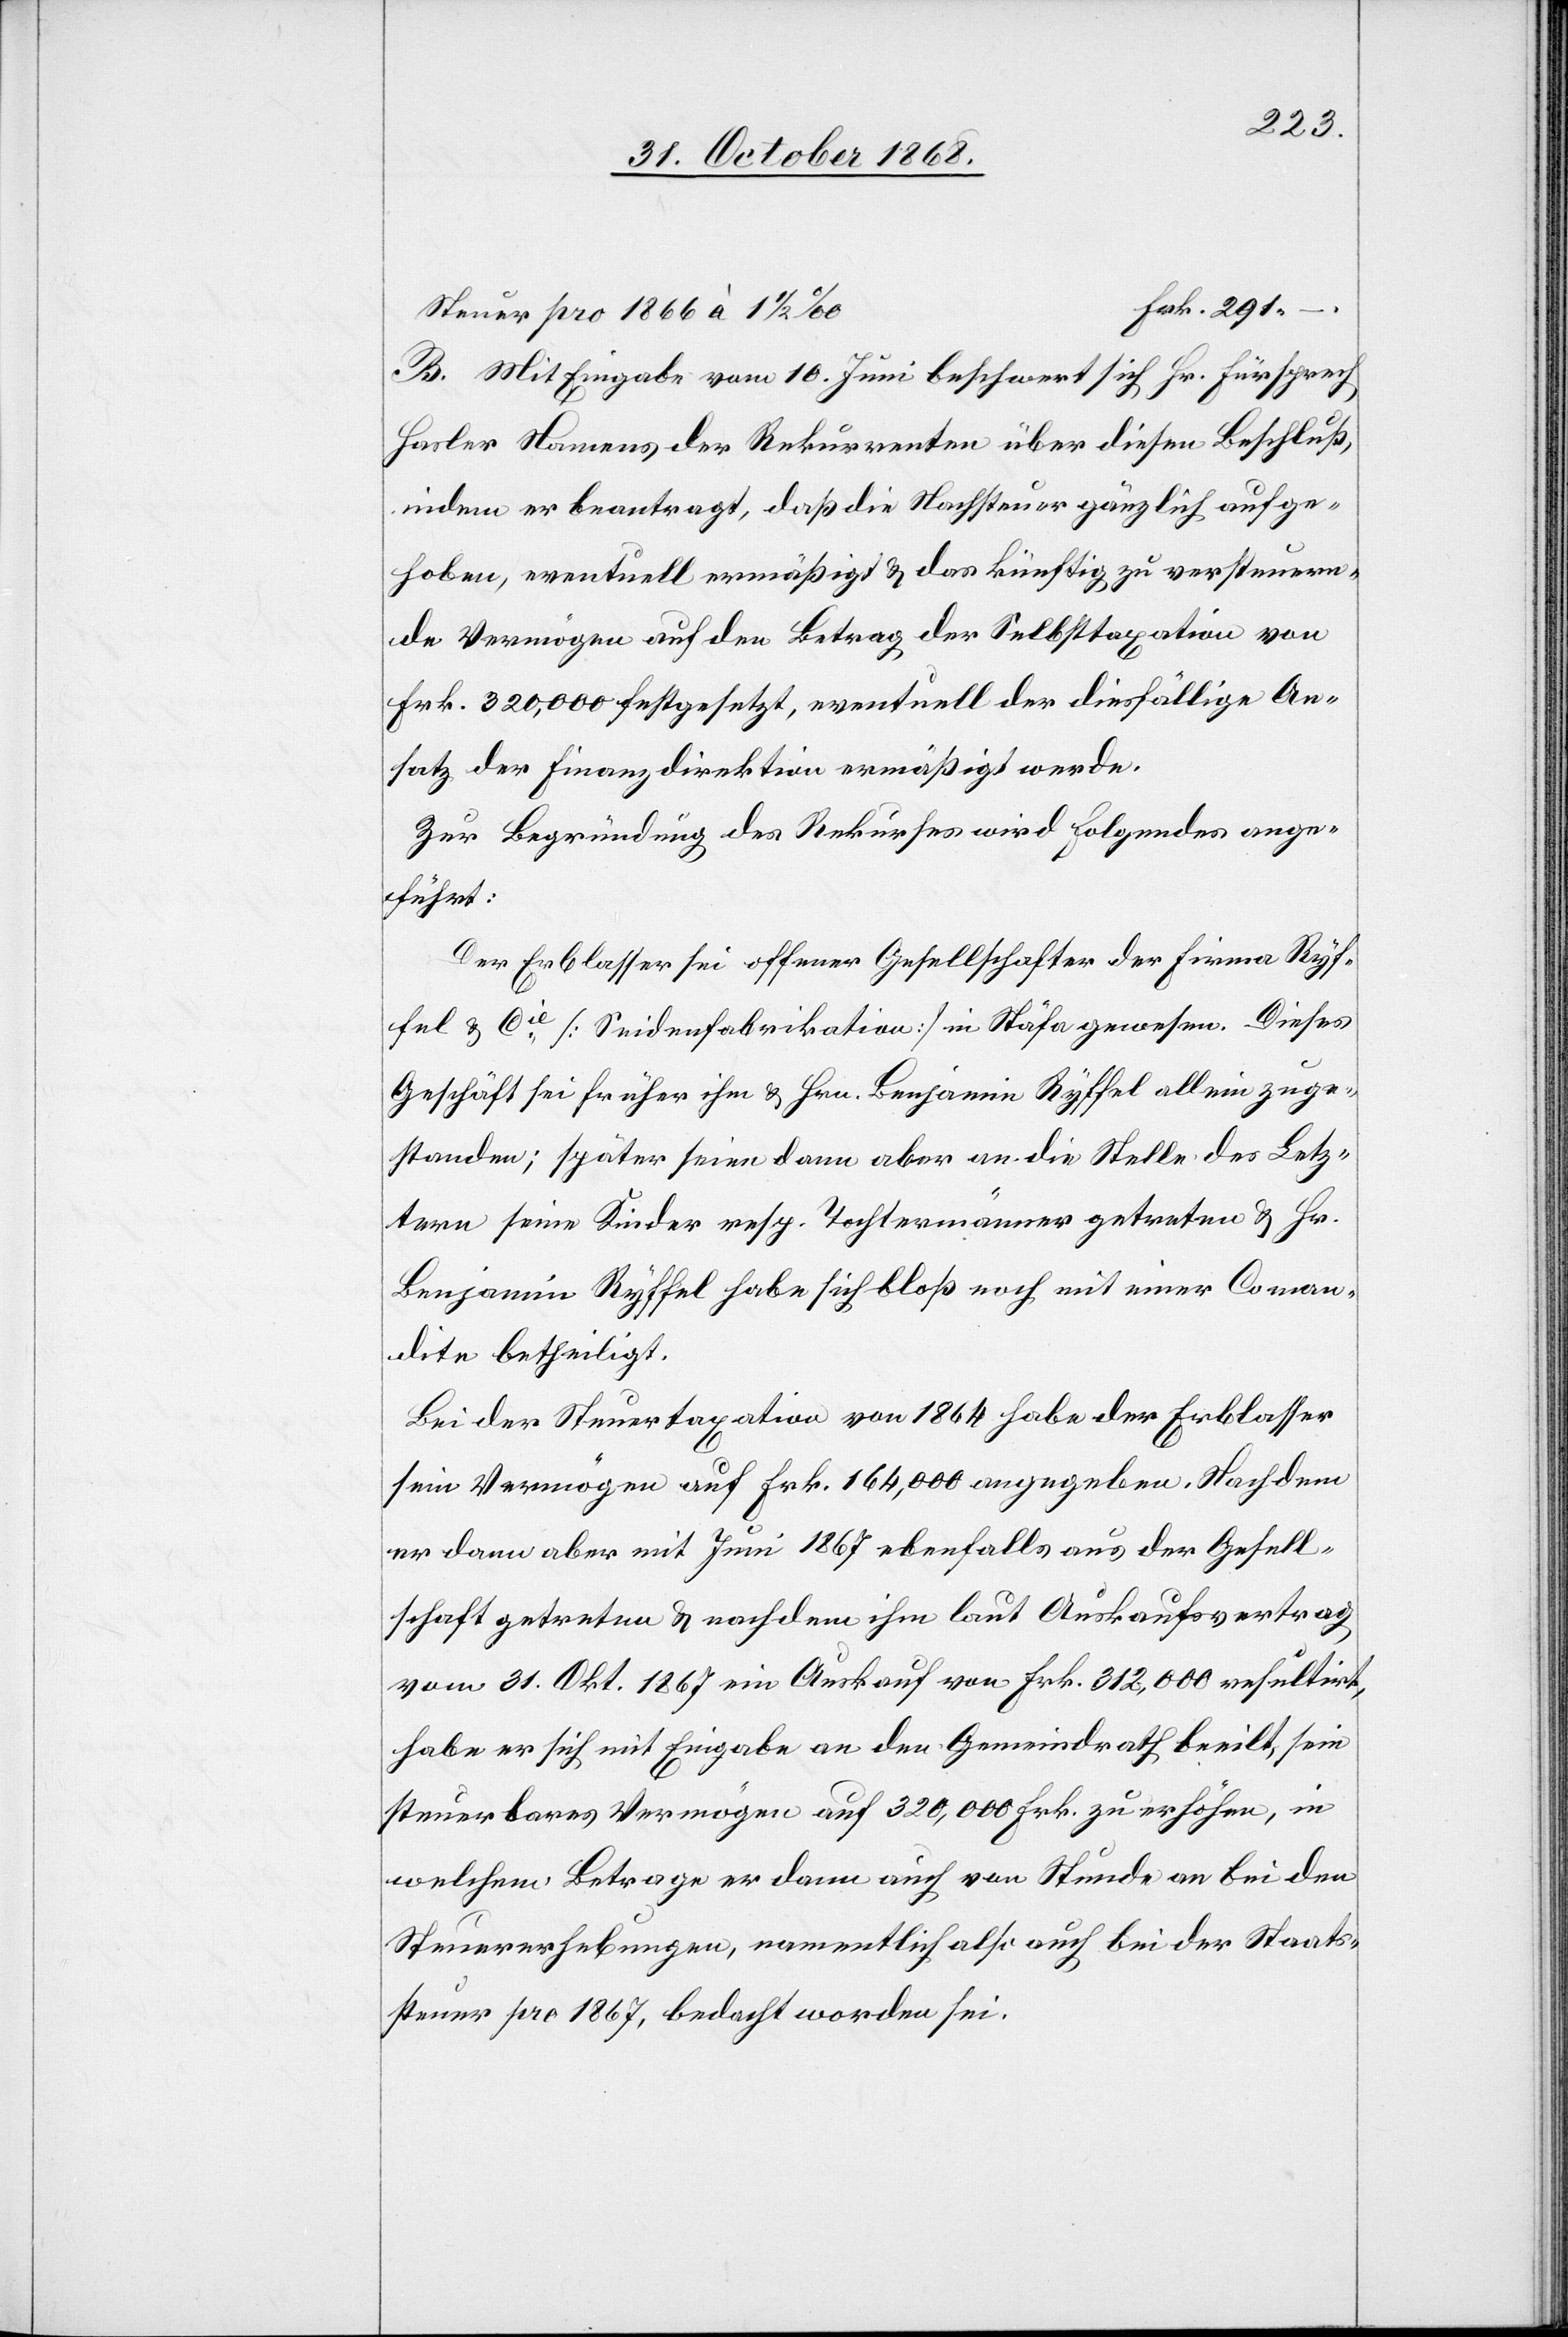
Frk. 291 –
Steuer pro 1866 à 1 1/2
B. Mit Eingabe vom 10. Juni beschwert sich Hr. Fürsprech
Hasler Namens der Rekurrenten über diesen Beschluß,
indem er beantragt, daß die Nachsteuer gänzlich aufge¬
hoben, eventuell ermäßigt & das künftig zu versteuern¬
de Vermögen auf den Betrag der Selbsttaxation von
Frk. 320,000 festgesetzt, eventuell der diesfällige An¬
satz der Finanzdirektion ermäßigt werde.
Zur Begründung des Rekurses wird Folgendes ange¬
führt:
Der Erblasser sei offener Gesellschafter der Firma Ryf¬
fel & Cie [Seidenfabrikation] in Stäfa gewesen. Dieses
Geschäft sei früher ihm & Hrn. Benjamin Ryffel allein zuge¬
standen; später seien dann aber an die Stelle des Letz¬
tern seine Kinder resp. Tochtermänner getreten & Hr.
Benjamin Ryffel habe sich bloß noch mit einer Coman¬
dite betheiligt.
Bei der Steuertaxation von 1864 habe der Erblasser
sein Vermögen auf Frk. 164,000 angegeben. Nachdem
er dann aber mit Juni 1867 ebenfalls aus der Gesell¬
schaft getreten & nachdem ihm laut Auskaufsvertrag
vom 31. Okt. 1867 ein Auskauf von Frk. 312,000 resultirt,
habe er sich mit Eingabe an den Gemeindrath beeilt, sein
steuerbares Vermögen auf 320,000 Frk. zu erhöhen, in
welchem Betrage er dann auch von Stunde an bei den
Steuererhebungen, namentlich also auch bei der Staats¬
steuer pro 1867, bedacht worden sei.